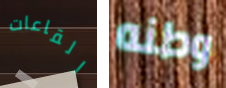
القاعات وطنه